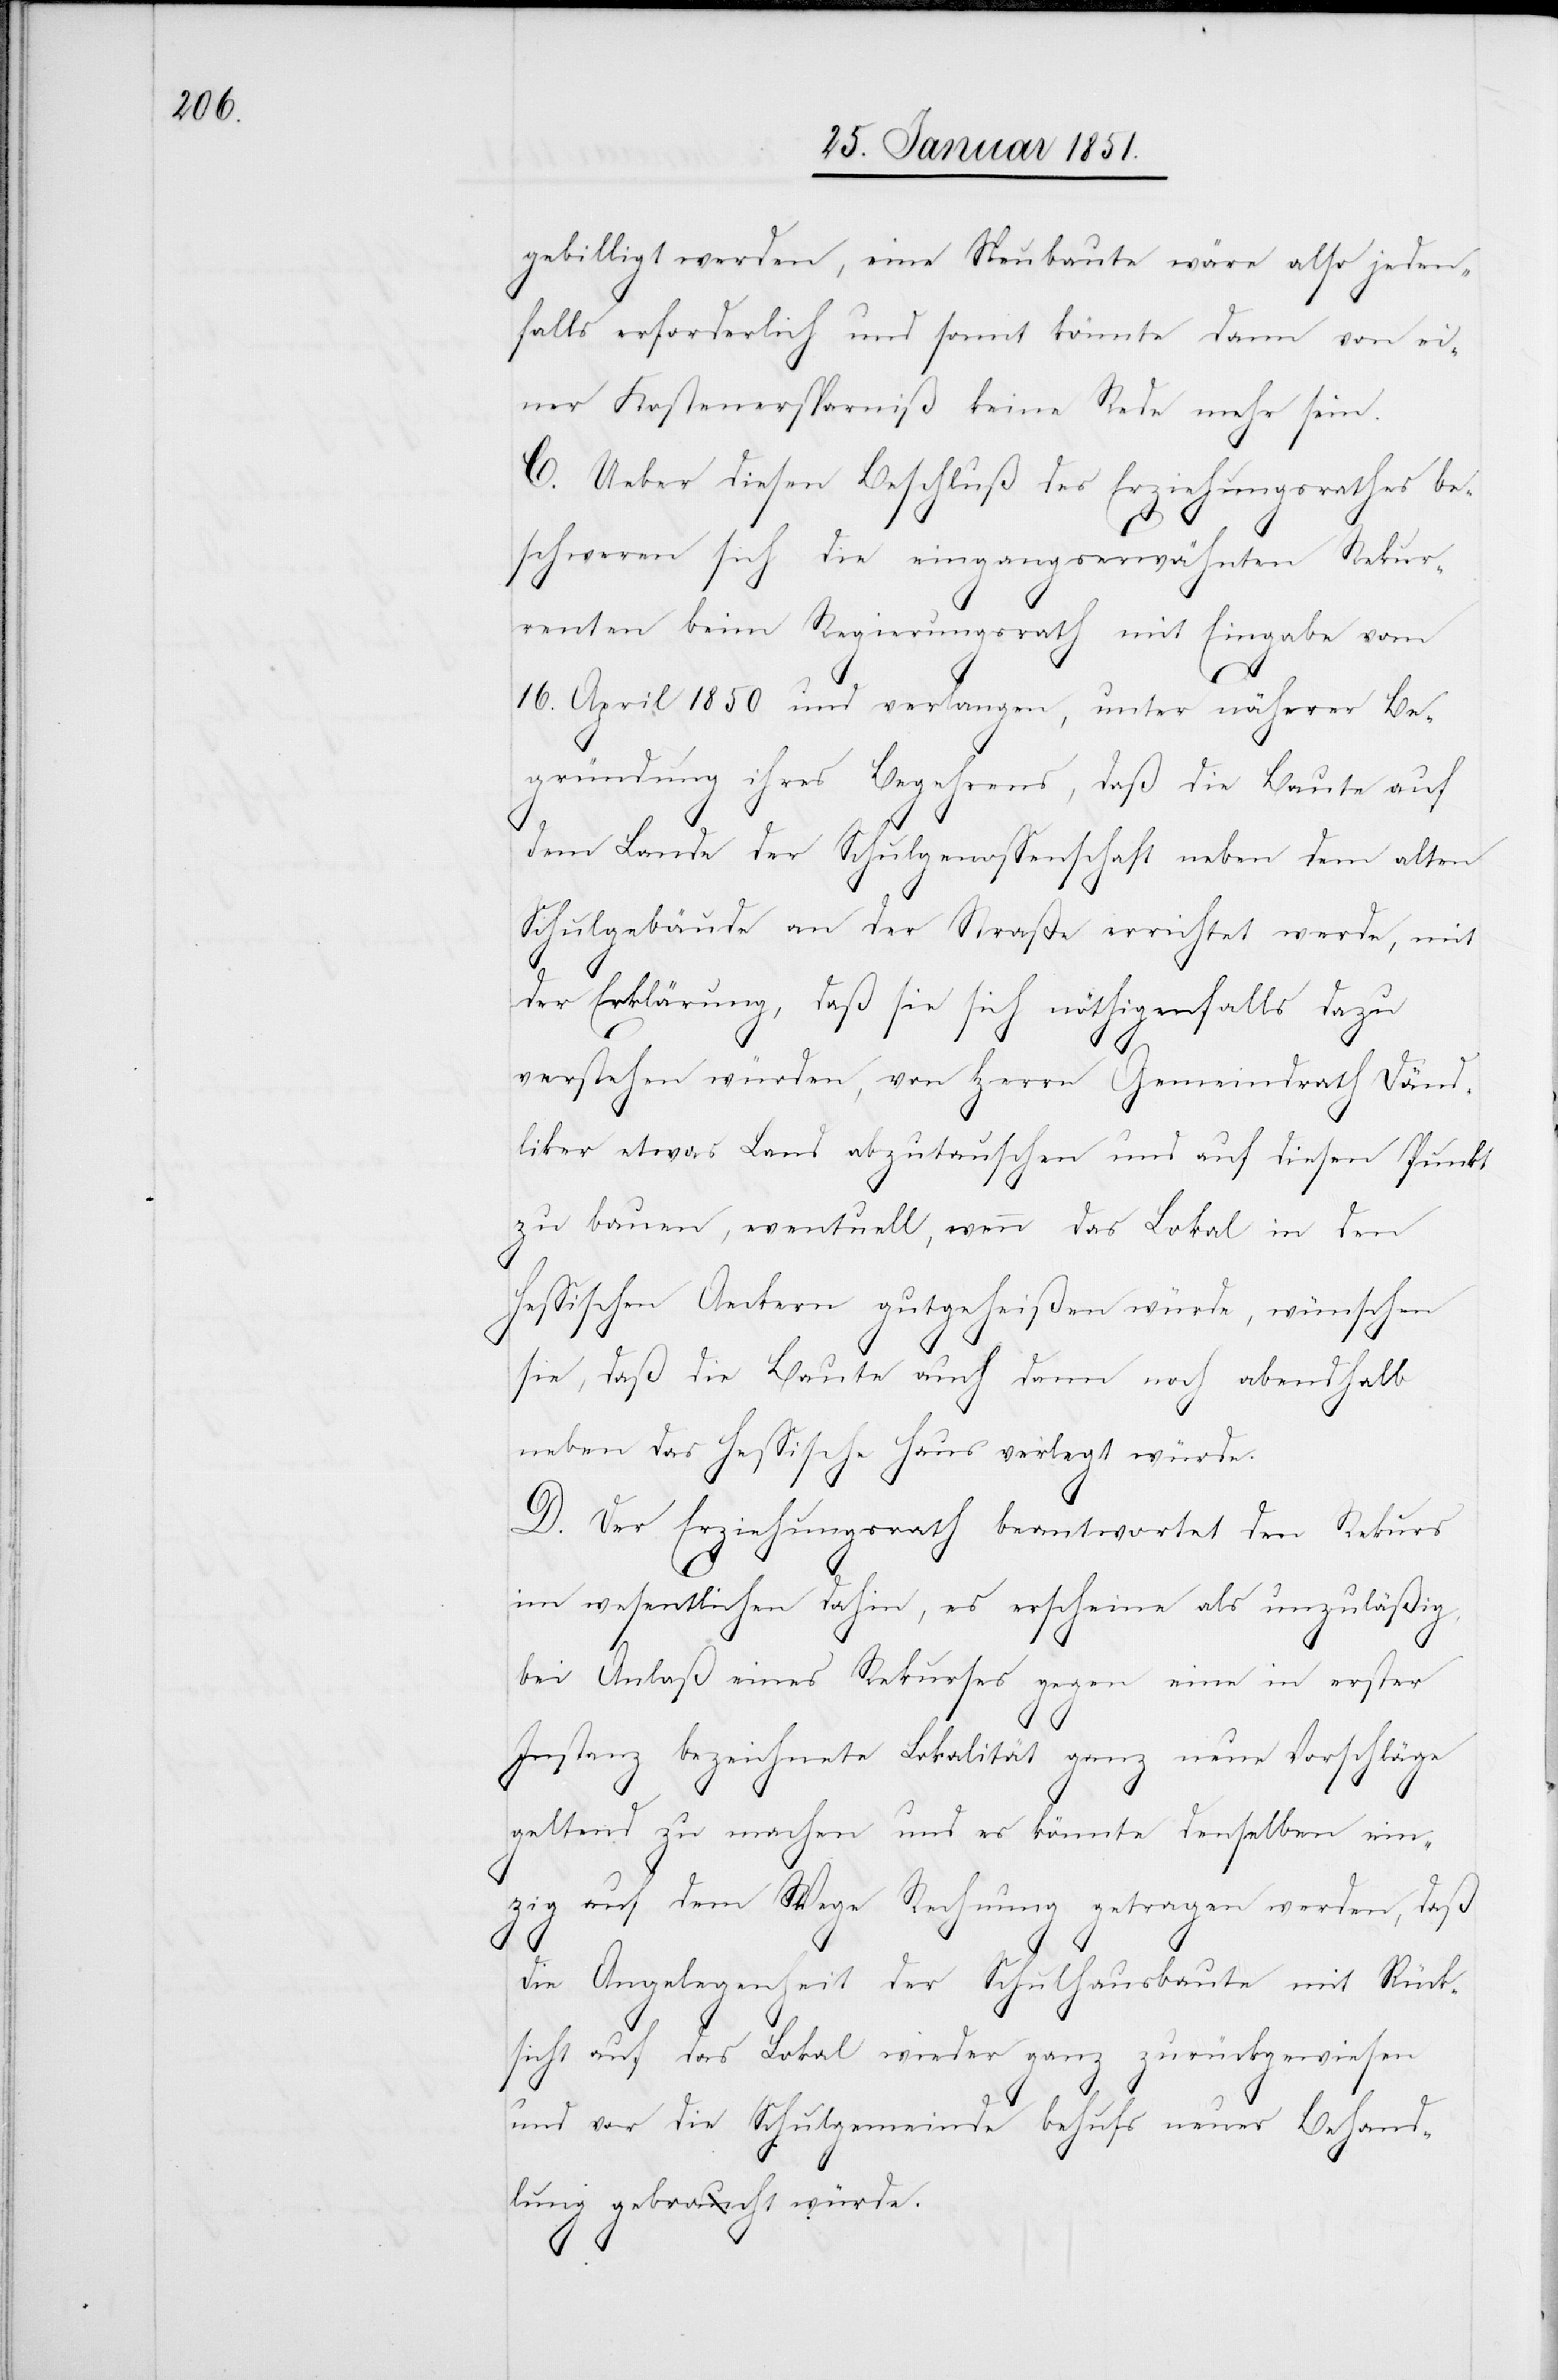
gebilligt werden, eine Neubaute wäre also jeden¬
falls erforderlich und somit könnte dann von ei¬
ner Kostenersparniß keine Rede mehr sein.
C. Ueber diesen Beschluß des Erziehungsrathes be¬
schweren sich die eingangserwähnten Rekur¬
renten beim Regierungsrath mit Eingabe vom
16. April 1850 und verlangen, unter näherer Be¬
gründung ihres Begehrens, daß die Baute auf
dem Lande der Schulgenossenschaft neben dem alten
Schulgebäude an der Straße errichtet werde, mit
der Erklärung, daß sie sich nöthigenfalls dazu
verstehen würden, von Herrn Gemeindrath Dänd¬
liker etwas Land abzutauschen und auf diesen Punkt
zu bauen, eventuell, wenn das Lokal in den
Hessischen Aeckern gutgeheißen würde, wünschen
sie, daß die Baute auch dann noch abendhalb
neben das Hessische Haus verlegt würde.
D. Der Erziehungsrath beantwortet den Rekurs
im wesentlichen dahin, es erscheine als unzuläßig,
bei Anlaß eines Rekurses gegen eine in erster
Instanz bezeichnete Lokalität ganz neue Vorschläge
geltend zu machen und es könnte denselben ein¬
zig auf dem Wege Rechnung getragen werden, daß
die Angelegenheit der Schulhausbaute mit Rück¬
sicht auf das Lokal wieder ganz zurückgewiesen
und vor die Schulgemeinde behufs neuer Behand¬
lung gebracht würde.